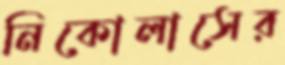
নিকোলাসের